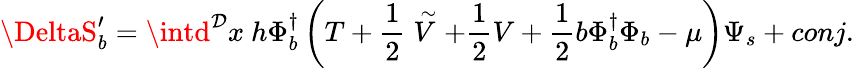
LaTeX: \DeltaS_{b}^{\prime}=\intd^{\mathcal{D}}x~h\Phi_{b}^{\dagger}\left(T+\frac{{1}}{{2}}\stackrel{\sim}{V}+\frac{{1}}{{2}}V+\frac{{1}}{{2}}b\Phi_{b}^{\dagger}\Phi_{b}-\mu\right)\Psi_{s}+conj.